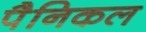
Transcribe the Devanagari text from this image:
पैनिकल